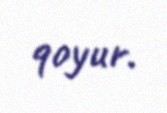
qoyur.